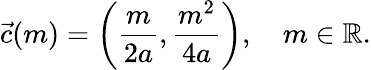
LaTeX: {\vec{c}}(m)=\left({\frac{m}{2a}},{\frac{m^{2}}{4a}}\right),\quad m\in\mathbb{R}.